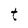
Character: t